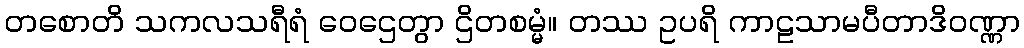
တစောတိ သကလသရီရံ ဝေဌေတွာ ဌိတစမ္မံ။ တဿ ဥပရိ ကာဠသာမပီတာဒိဝဏ္ဏာ